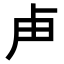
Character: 𭅰